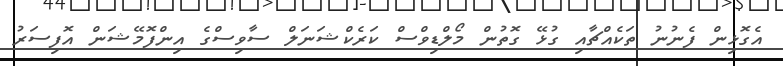
އެގޮޅިން ފެނުނު ތަކެއްޗާއި ގުޅޭ ގޮތުން މޯލްޑިވްސް ކަރެކްޝަނަލް ސާވިސްގެ އިންފޮމޭޝަން އޮފިސަރު